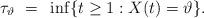
LaTeX: \begin{align*}\tau_\vartheta ~=~\inf\{t \geq 1 : X(t) =\vartheta \}. \end{align*}